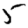
Digit: 5